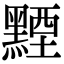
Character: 黫